Vaccination in Bombay 1913-1923 - 1913-1923
Year: 1913
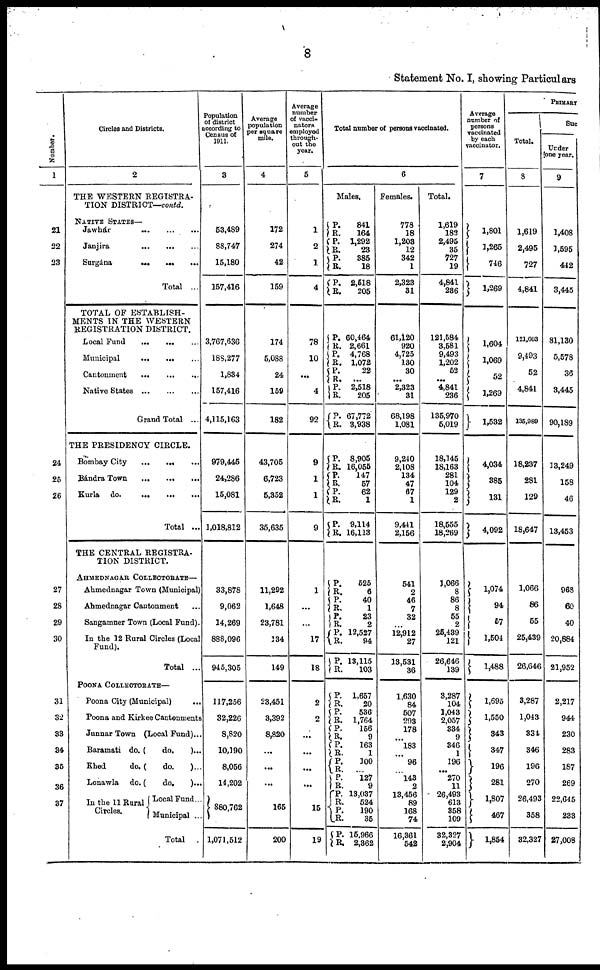
8
Statement No. I, showing Particulars
Number.
1
21
22
23
24
25
26
27
28
29
30
31
32
33
34
35
36
37
Circles and Districts.
2
THE WESTERN REGISTRA-
TION DISTRICT—contd.
NATIVE STATES—
Jawhár
...
...
...
Janjira
...
...
...
Surgána
...
...
...
Total ...
TOTAL OF ESTABLISH-
MENTS IN THE WESTERN
REGISTRATION DISTRICT.
Local Fund
...
...
...
Municipal
...
...
...
Cantonment ... ... ...
Native States
...
...
...
Grand Total ...
THE PRESIDENCY CIRCLE.
Bombay City ... ... ...
Bándra Town
...
...
...
Kurla do.
...
...
...
Total ...
THE CENTRAL REGISTRA-
TION DISTRICT.
AHMEDNAGAR COLLECTORATE—
Ahmednagar Town (Municipal)
Ahmednagar Cantonment ...
Sangamner Town (Local Fund).
In the 12 Rural Circles (Local
Fund).
Total ...
POONA COLLECTORATE—
Poona City (Municipal)
...
Poona and Kirkee Cantonments
Junnar Town (Local Fund) ...
Baramati do. (
do.
)...
Khed
do. (
do.
) ...
Lonawla do. (
do.
) ...
In the 11 Rural
Circles.
Local Fund ...
Municipal ...
Total
.
Population
of district
according to
Census of
1911.
3
53,489
88,747
15,180
157,416
3,767,636
188,277
1,834
157,416
4,115,163
979,445
24,286
15,081
1,018,812
33,878
9,062
14,269
888,096
945,305
117,256
32,226
8,820
10,190
8,056
14,202
880,762
1,071,512
Average
population
per square
mile.
4
172
274
42
159
174
5,088
24
159
182
43,705
6,723
5,352
35,635
11,292
1,648
23,781
134
149
23,451
3,392
8,820
...
...
...
165
200
Average
number
of vacci-
nators
employed
through-
out the
year.
5
1
2
1
4
78
10
...
4
92
9
1
1
9
1
...
...
17
18
2
2
...
...
...
...
15
19
Total number of persons vaccinated.
6
Males.
P.
R. P.
R.
P.
R.
P.
R.
P. R.
P.
R.
P.
R.
P.
R.
P.
R.
P.
R.
P.
R.
P.
R.
P.
R.
P.
R. P.
R.
P.
R.
P.
R.
P.
R.
P.
R. P.
R. P.
R.
P.
R.
P.
R.
P.
R. P.
R.
P.
R.
P.
R.
841
164
1,292
23
385
18
2,518
205
60,464
2,661
4,768
1,072
22
...
2,518
205
67,772
3,938
8,905
16,055
147
57
62
1
9,114
16,113
525
6
40
1
23
2
12,527
94
13,115
103
1,657
20
536
1,764
156
9
163
1
100
...
127
9
13,037
524
190
35
15,966
2,362
Females.
778
18
1,203
12
342
1
2,323
31
61,120
920
4,725
130
30
...
2,323
31
68,198
1,081
9,240
2,108
134
47
67
1
9,441
2,156
541
2
46
7
32
...
12,912
27
13,531
36
1,630
84
507
293
178
...
183
...
96
...
143
2
13,456
89
168
74
16,361
542
Total.
1,619
182
2,495
35
727
19
4,841
236
121,584
3,581
9,493
1,202
52
...
4,841
236
135,970
5,019
18,145
18,163
281
104
129
2
18,555
18,269
1,066
8
86
8
55
2
25,439
121
26,646
139
3,287
104
1,043
2,057
334
9
346
1
196
...
270
11
26,493
613
358
109
32,327
2,904
Average
number of
persons
vaccinated
by each
vaccinator.
7
1,801
1,265
746
1,269
1,604
1,069
52
1,269
1,532
4,034
385
131
4,092
1,074
94
57
1,504
1,488
1,695
1,550
343
347
196
281
1,807
467
1,854
PRIMARY
Total.
8
1,619
2,495
727
4,841
121,603
9,493
52
4,841
135,989
18,237
281
129
18,647
1,066
86
55
25,439
26,646
3,287
1,043
334
346
196
270
26,493
358
32,327
Suc
Under
one year.
9
1,408
1,595
442
3,445
81,130
5,578
36
3,445
90,189
13,249
158
46
13,453
968
60
40
20,884
21,952
2,217
944
230
283
187
269
22,645
233
27,008